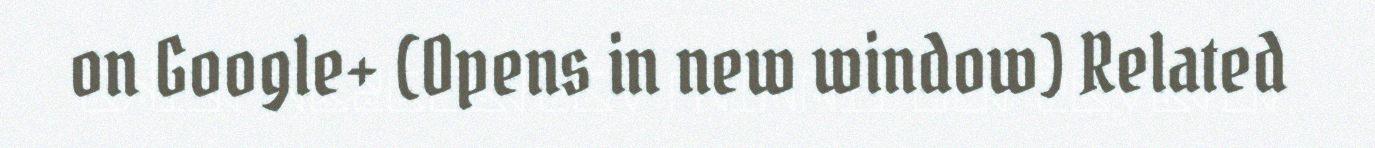
on Google+ (Opens in new window) Related